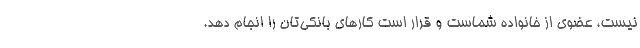
نیست، عضوی از خانواده شماست و قرار است کارهای بانکی‌تان را انجام دهد.